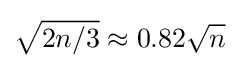
{\sqrt {2n/3}}\approx 0.82{\sqrt {n}}